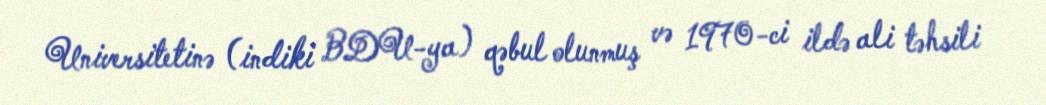
Universitetinə (indiki BDU-ya) qəbul olunmuş və 1970-ci ildə ali təhsili